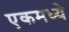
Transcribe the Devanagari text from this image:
एकमध्ये